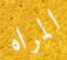
المراه